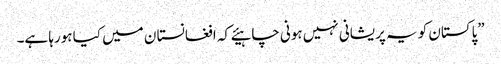
”پاکستان کو یہ پریشانی نہیں ہونی چاہیئے کہ افغانستا ن میں کیا ہورہا ہے۔